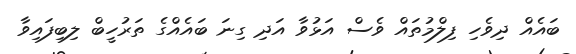
ބައެއް ދިވެހި ފިލްމުތައް ވެސް އަޅުވާ އަދި ގިނަ ބައެއްގެ ތަރުހީބް ލިބިފައިވާ